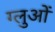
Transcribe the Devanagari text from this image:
ग्लुओं